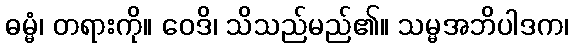
ဓမ္မံ၊ တရားကို။ ဝေဒိ၊ သိသည်မည်၏။ သမ္မအဘိပါဒက၊